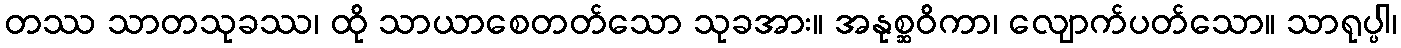
တဿ သာတသုခဿ၊ ထို သာယာစေတတ်သော သုခအား။ အနုစ္ဆဝိကာ၊ လျောက်ပတ်သော။ သာရုပ္ပါ၊